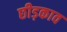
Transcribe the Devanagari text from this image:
छीड़काव